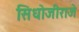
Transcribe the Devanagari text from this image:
सिधोजीराजे